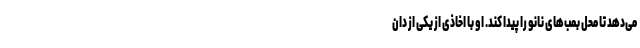
می‌دهد تا محل بمب‌های نانو را پیدا کند. او با اخاذی از یکی از دان